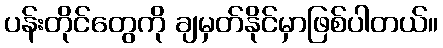
ပန်းတိုင်တွေကို ချမှတ်နိုင်မှာဖြစ်ပါတယ်။